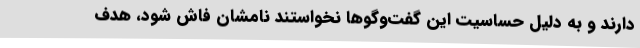
دارند و به دلیل حساسیت این گفت‌وگوها نخواستند نامشان فاش شود، هدف